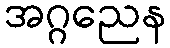
အဂ္ဂညေန